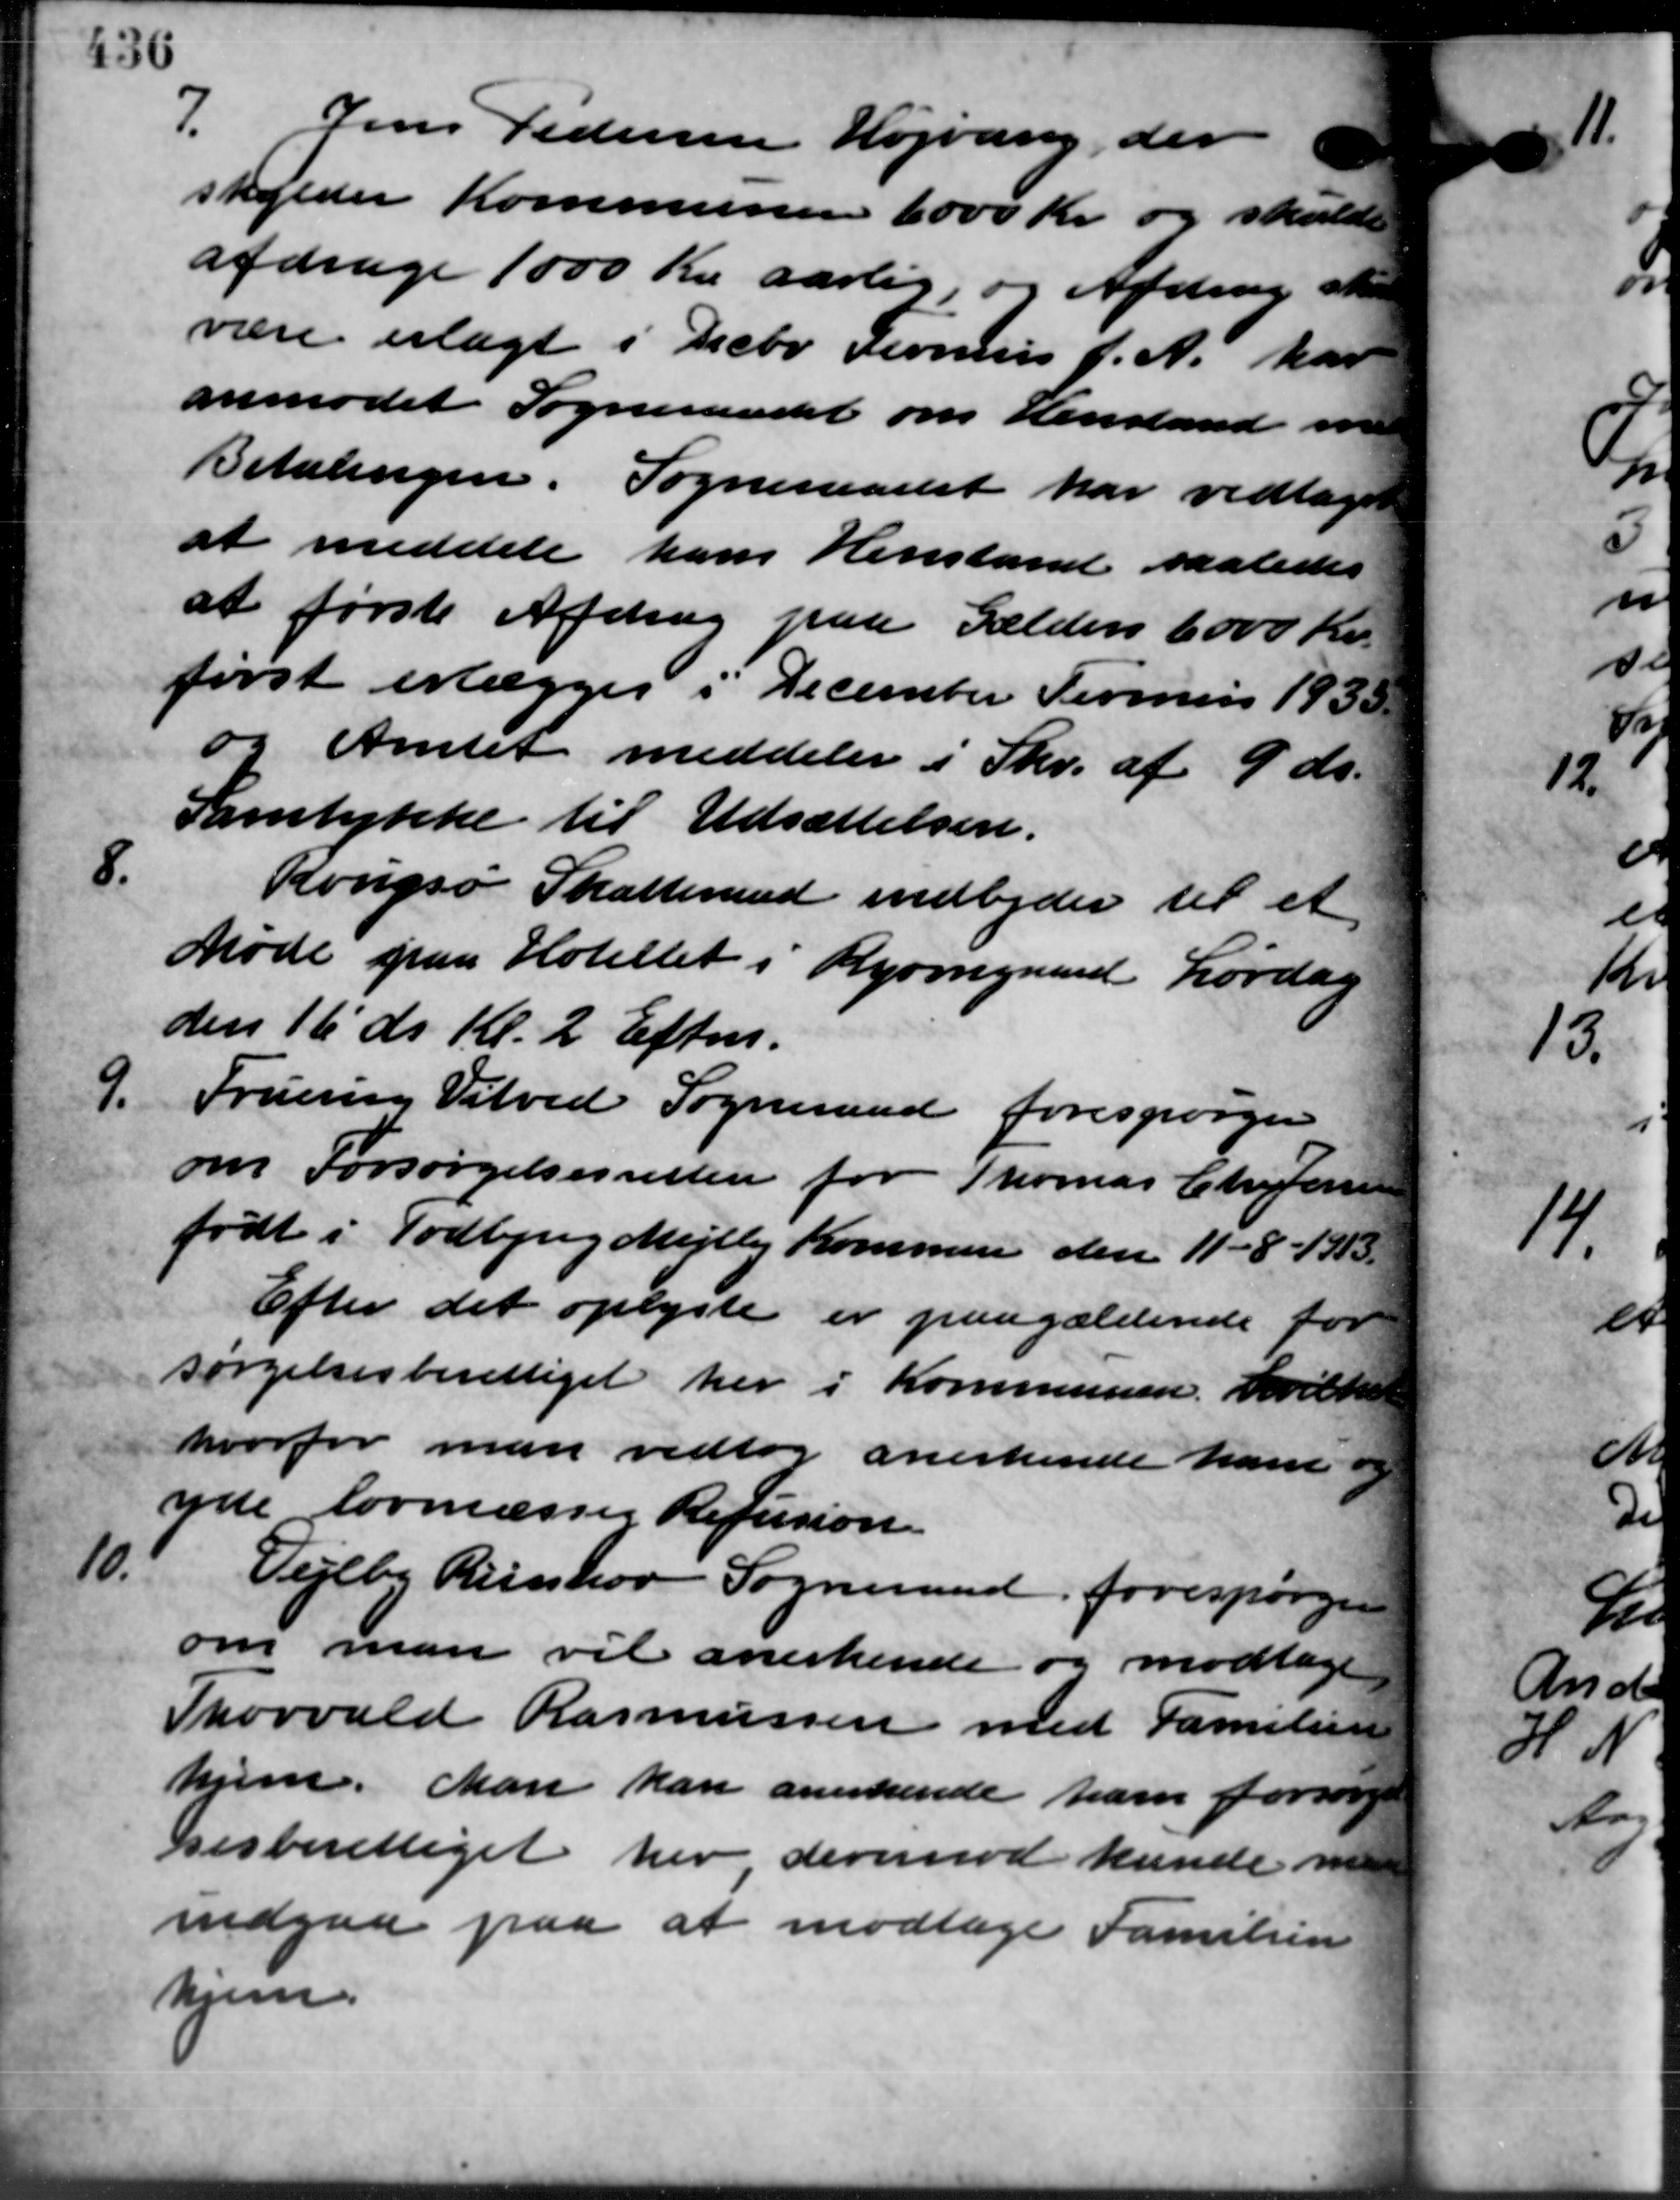
Transskription:
7.
Jens Pedersen Højvang, der
skylder Kommunen 6.000 Kr. og skulde
afdrage 1000 Kr. aarlig, og Afdrag ska
være erlagt i Decbr. Fernis f. A. har
anmodet Sogneraadet om Henstand var
Betalingen. Sogneraadet har vedtaget
at meddele ham Henstand saaledes
at første Afdrag paa Gælden 6.000 Kr.
først erlægges i December Termin 1935
og Amtet meddeler i Skr. af 9 ds.
Samtykke til Udsættelsen.
8.
Rougsø Skatteraad indbyder til et
Møde paa Hotellet i Ryomgaard Lørdag
den 16' ds. Kl. 2 Eftm.
9.
Fruering Vitved Sogneraad forespørger
om Forsørgelsesretten for Thomas Chr. Jensen
født i Todbjerg Mejlby Kommune den 11 – 8 – 1913.
Efter det oplyste er paagældende for
sørgelsesberettiget her i Kommunen, hvilke
hvorfor man vedtog anerkende ham og
yde lovmæssig Refusion.
10.
Vejlby Riisskov Sogneraad forespørger
om man vil anerkende og modtage
Thorvald Rasmussen med Familien
hjem. Man kan anerkende ham forsørge
sesberettiget her derimod kunde me
indgaa paa at modtage Familien
hjem